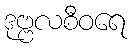
ဒုဗ္ဗလစီဝရေ